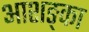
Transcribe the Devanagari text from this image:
आशङ्का